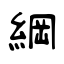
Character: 綱